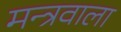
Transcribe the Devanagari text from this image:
मन्त्रवाला